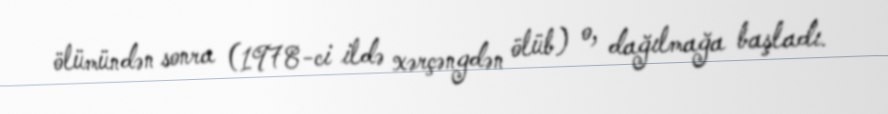
ölümündən sonra (1978-ci ildə xərçəngdən ölüb) o, dağılmağa başladı.